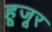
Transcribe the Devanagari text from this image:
हूजूर